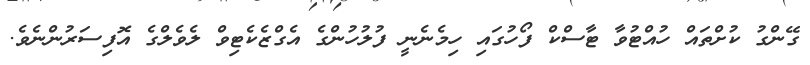
ގޭންގު ކުށްތައް ހުއްޓުވާ ޓާސްކް ފޯހުގައި ހިމެނެނީ ފުލުހުންގެ އެގްޒެކެޓިވް ލެވެލްގެ އޮފިސަރުންނެވެ.